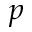
p